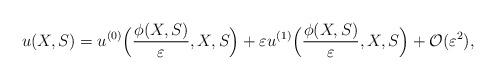
LaTeX: \begin{align*}u(X,S)=u^{(0)}\Big(\frac{\phi(X,S)}{\varepsilon},X,S\Big)+\varepsilon u^{(1)}\Big(\frac{\phi(X,S)}{\varepsilon},X,S\Big)+\mathcal{O}(\varepsilon^2),\end{align*}